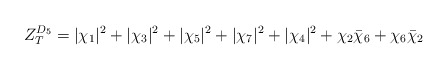
\begin{align*}Z_T^{D_5} = |\chi_1|^2 + |\chi_3|^2 + |\chi_5|^2 + |\chi_7|^2 + |\chi_4|^2+\chi_2 {\bar \chi_6} + \chi_6 {\bar \chi_2} \quad \end{align*}